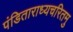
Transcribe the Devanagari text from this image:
पंडिताराध्यचरितमु